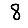
Digit: 8